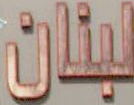
لبنان